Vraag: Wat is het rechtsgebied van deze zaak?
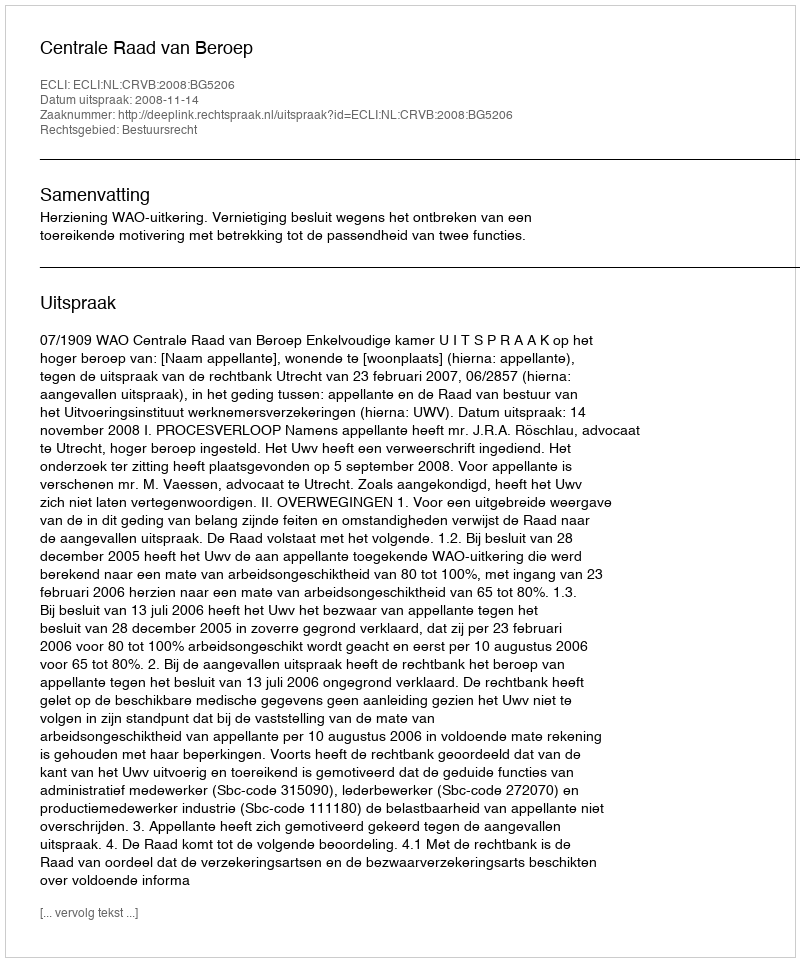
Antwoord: Bestuursrecht